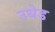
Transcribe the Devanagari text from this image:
उधेड